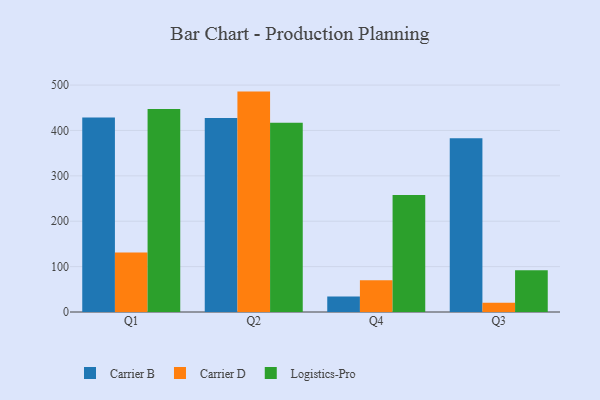
{"axis": {"x": "Quarter", "y": "Inventory Turnover"}, "legend": ["Carrier B", "Carrier D", "Logistics-Pro"], "data": [{"x": "Q1", "y": 428.4, "type": "Carrier B"}, {"x": "Q1", "y": 130.9, "type": "Carrier D"}, {"x": "Q1", "y": 447.1, "type": "Logistics-Pro"}, {"x": "Q2", "y": 427.7, "type": "Carrier B"}, {"x": "Q2", "y": 485.6, "type": "Carrier D"}, {"x": "Q2", "y": 416.7, "type": "Logistics-Pro"}, {"x": "Q4", "y": 33.9, "type": "Carrier B"}, {"x": "Q4", "y": 69.8, "type": "Carrier D"}, {"x": "Q4", "y": 257.6, "type": "Logistics-Pro"}, {"x": "Q3", "y": 382.8, "type": "Carrier B"}, {"x": "Q3", "y": 20.3, "type": "Carrier D"}, {"x": "Q3", "y": 92.1, "type": "Logistics-Pro"}]}